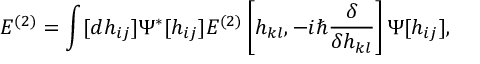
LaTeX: E ^ { ( 2 ) } = \int [ d h _ { i j } ] \Psi ^ { * } [ h _ { i j } ] E ^ { ( 2 ) } \left[ h _ { k l } , - i \hbar { \frac { \delta } { \delta h _ { k l } } } \right] \Psi [ h _ { i j } ] ,